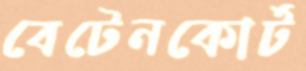
বেটেনকোর্ট